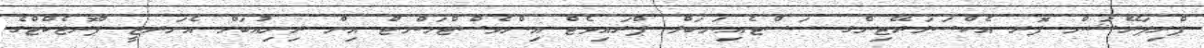
ޕްރިޕަރޭޝަން ފޮރ އެކްސަލަރޭޓިންގ ސަސްޓެއިނަބަލް ޕްރައިވެޓް އިންވެސްޓްމަންޓް އިން ރިނިއުބަލް އެނަރޖީ ޕްރޮޖެކްޓްގެ